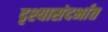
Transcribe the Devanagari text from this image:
दृश्यासंदर्भात